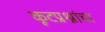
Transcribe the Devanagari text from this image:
कूटप्रश्नांचा